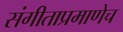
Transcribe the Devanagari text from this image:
संगीताप्रमाणेच